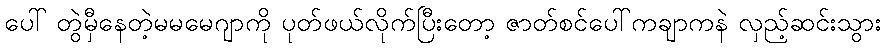
ပေါ် တွဲမှီနေတဲ့မမမေဂျာကို ပုတ်ဖယ်လိုက်ပြီးတော့ ဇာတ်စင်ပေါ်ကချာကနဲ လှည့်ဆင်းသွား